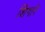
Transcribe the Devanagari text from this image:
शिंगारे